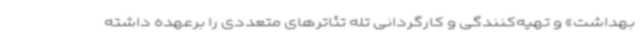
بهداشت» و تهیه‌کنندگی و کارگردانی تله تئاترهای متعددی را برعهده داشته